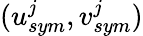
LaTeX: (u_{sym}^{j},v_{sym}^{j})